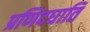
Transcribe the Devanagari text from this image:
प्रणिदघाति